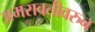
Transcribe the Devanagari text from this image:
अमरावतीवरुन